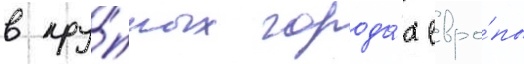
в кру́пных города́х евро́пы